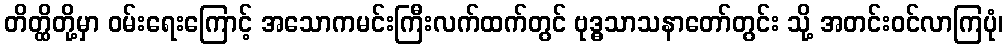
တိတ္ထိတို့မှာ ဝမ်းရေးကြောင့် အသောကမင်းကြီးလက်ထက်တွင် ဗုဒ္ဓသာသနာတော်တွင်း သို့ အတင်းဝင်လာကြပုံ၊